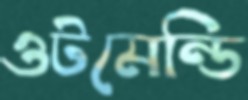
ওটমেন্ডি